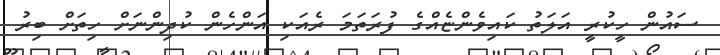
ސައުން ހީކުރީ އަލަތު ކައިވެންޏެއްގެ ފުރަތަމަ ރެއަކި އަންހެން ކުދިންނަށް ހިތަށް ބިރު